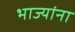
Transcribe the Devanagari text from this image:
भाज्यांना